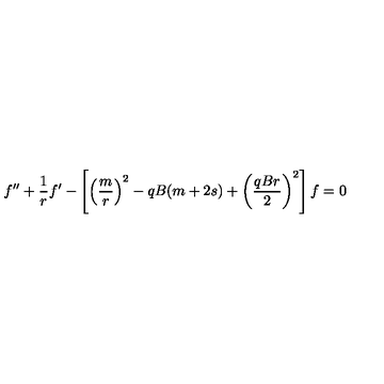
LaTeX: f ^ { \prime \prime } + \frac { 1 } { r } f ^ { \prime } - \left[ \left( \frac { m } { r } \right) ^ { 2 } - q B ( m + 2 s ) + \left( \frac { q B r } { 2 } \right) ^ { 2 } \right] f = 0